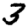
Digit: 3